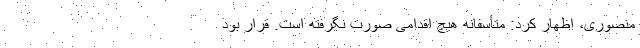
منصوری، اظهار کرد: متأسفانه هیچ اقدامی صورت نگرفته است. قرار بود